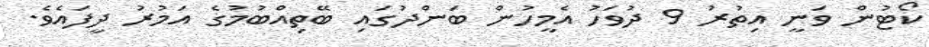
ކޯޓުން ވަނީ އިތުރު 9 ދުވަހު އެމީހުން ބަންދުގައި ބޭތިއްބުމުގެ އަމުރު ދީފައެވެ.